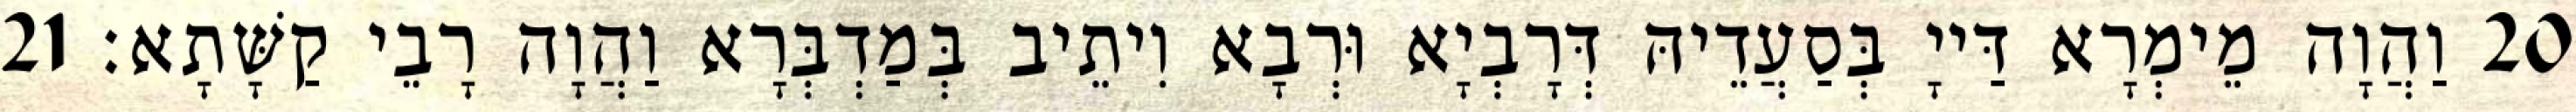
20 וַהֲוָה מֵימְרָא דַּייָ בְּסַעֲדֵיהּ דְּרָבְיָא וּרְבָא וִיתֵיב בְּמַדְבְּרָא וַהֲוָה רָבֵי קַשָּׁתָא׃ 21